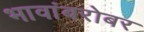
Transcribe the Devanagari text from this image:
भावांबरोबर